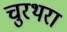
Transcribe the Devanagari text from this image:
चुरथरा